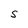
Character: S